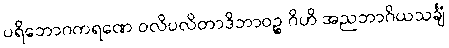
ပရိဘောဂကရဏေ ဝလိပလိတာဒိဘာဝဉ္စ ဂိဟိ အညဘာဂိယသင်္ချံ